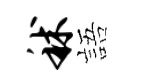
秫語